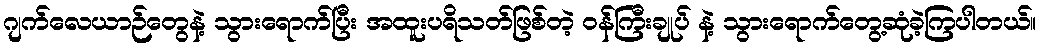
ဂျက်လေယာဉ်တွေနဲ့ သွားရောက်ပြီး အထူးပရိသတ်ဖြစ်တဲ့ ဝန်ကြီးချုပ် နဲ့ သွားရောက်တွေ့ဆုံခဲ့ကြပါတယ်။